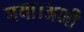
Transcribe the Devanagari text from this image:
गया।अभी